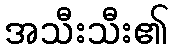
အသီးသီး၏